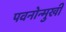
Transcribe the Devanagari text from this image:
पवनोन्मुखी